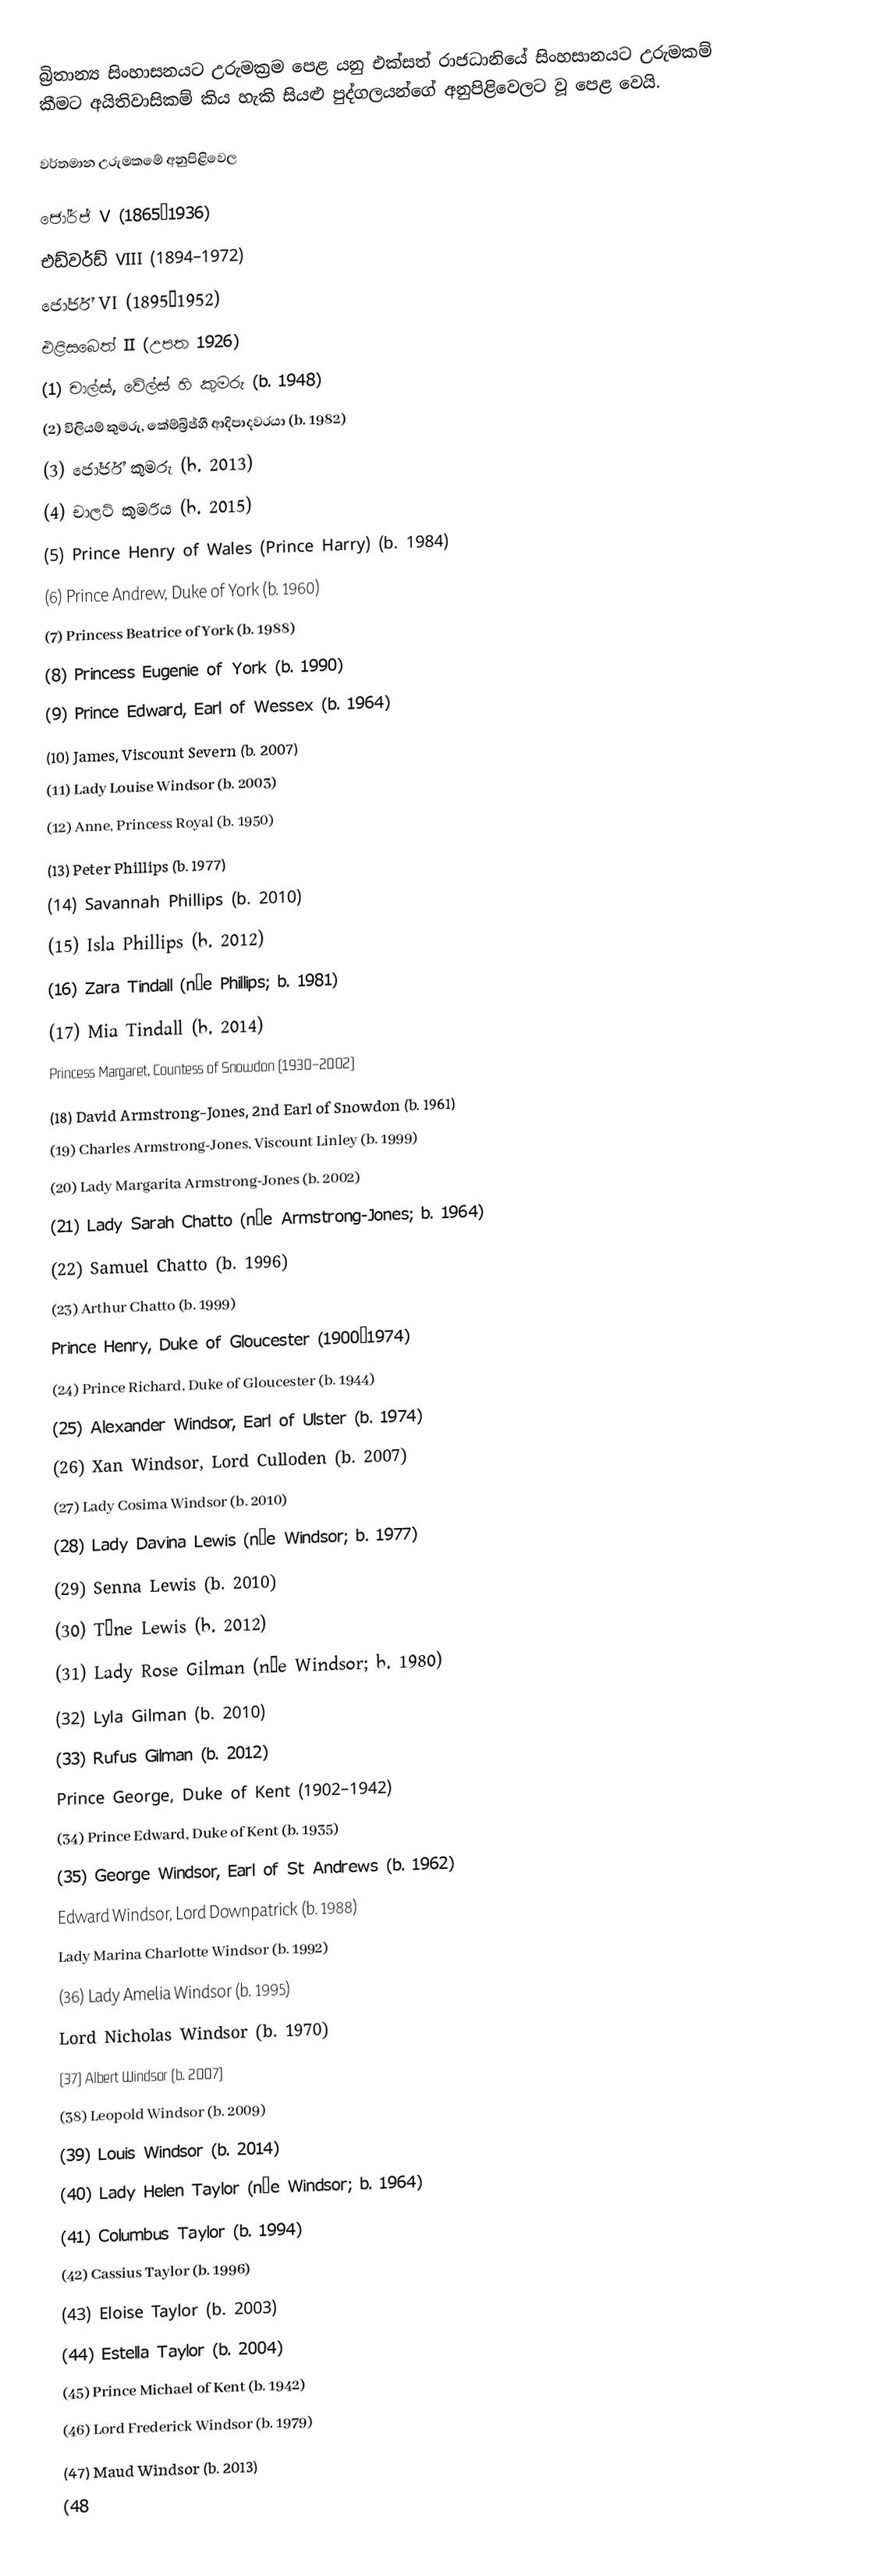
බ්‍රිතාන්‍ය සිංහාසනයට උරුමක්‍රම පෙළ  යනු  එක්සත් රාජධානියේ සිංහසානයට උරුමකම් කීමට අයිතිවාසිකම් කිය හැකි සියළු පුද්ගලයන්ගේ අනුපිළිවෙලට වූ පෙළ වෙයි.

වර්තමාන උරුමකමේ අනුපිළිවෙල

 ජෝර්ජ් V (1865–1936)
 එඩ්වර්ඩ් VIII (1894–1972)
 ජෝර්ජ් VI (1895–1952)
 එළිසබෙත් II (උපත 1926)
 (1) චාල්ස්, වේල්ස් හි කුමරු (b. 1948)
 (2) විලියම් කුමරු, කේම්බ්‍රිජ්හී ආදිපාදවරයා (b. 1982)
 (3) ජෝර්ජ් කුමරු (b. 2013)
 (4) චාලට් කුමරිය (b. 2015)
 (5) Prince Henry of Wales (Prince Harry) (b. 1984)
 (6) Prince Andrew, Duke of York (b. 1960)
 (7) Princess Beatrice of York (b. 1988)
 (8) Princess Eugenie of York (b. 1990)
 (9) Prince Edward, Earl of Wessex (b. 1964)
 (10) James, Viscount Severn (b. 2007)
 (11) Lady Louise Windsor (b. 2003)
 (12) Anne, Princess Royal (b. 1950)
 (13) Peter Phillips (b. 1977)
 (14) Savannah Phillips (b. 2010)
 (15) Isla Phillips (b. 2012)
 (16) Zara Tindall (née Phillips; b. 1981)
 (17) Mia Tindall (b. 2014)
 Princess Margaret, Countess of Snowdon (1930–2002)
 (18) David Armstrong-Jones, 2nd Earl of Snowdon (b. 1961)
 (19) Charles Armstrong-Jones, Viscount Linley (b. 1999)
 (20) Lady Margarita Armstrong-Jones (b. 2002)
 (21) Lady Sarah Chatto (née Armstrong-Jones; b. 1964)
 (22) Samuel Chatto (b. 1996)
 (23) Arthur Chatto (b. 1999)
 Prince Henry, Duke of Gloucester (1900–1974)
 (24) Prince Richard, Duke of Gloucester (b. 1944)
 (25) Alexander Windsor, Earl of Ulster (b. 1974)
 (26) Xan Windsor, Lord Culloden (b. 2007)
 (27) Lady Cosima Windsor (b. 2010)
 (28) Lady Davina Lewis (née Windsor; b. 1977)
 (29) Senna Lewis (b. 2010)
 (30) Tāne Lewis (b. 2012)
 (31) Lady Rose Gilman (née Windsor; b. 1980)
 (32) Lyla Gilman (b. 2010)
 (33) Rufus Gilman (b. 2012)
 Prince George, Duke of Kent (1902–1942)
 (34) Prince Edward, Duke of Kent (b. 1935)
 (35) George Windsor, Earl of St Andrews (b. 1962)
 Edward Windsor, Lord Downpatrick (b. 1988)
 Lady Marina Charlotte Windsor (b. 1992)
 (36) Lady Amelia Windsor (b. 1995)
 Lord Nicholas Windsor (b. 1970)
 (37) Albert Windsor (b. 2007)
 (38) Leopold Windsor (b. 2009)
 (39) Louis Windsor (b. 2014)
 (40) Lady Helen Taylor (née Windsor; b. 1964)
 (41) Columbus Taylor (b. 1994)
 (42) Cassius Taylor (b. 1996)
 (43) Eloise Taylor (b. 2003)
 (44) Estella Taylor (b. 2004)
 (45) Prince Michael of Kent (b. 1942)
 (46) Lord Frederick Windsor (b. 1979)
 (47) Maud Windsor (b. 2013)
 (48